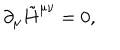
LaTeX: \partial _ { \mu } \tilde { H } ^ { \mu \nu } = 0 ,